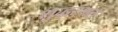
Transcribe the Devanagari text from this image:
शुद्धरजत